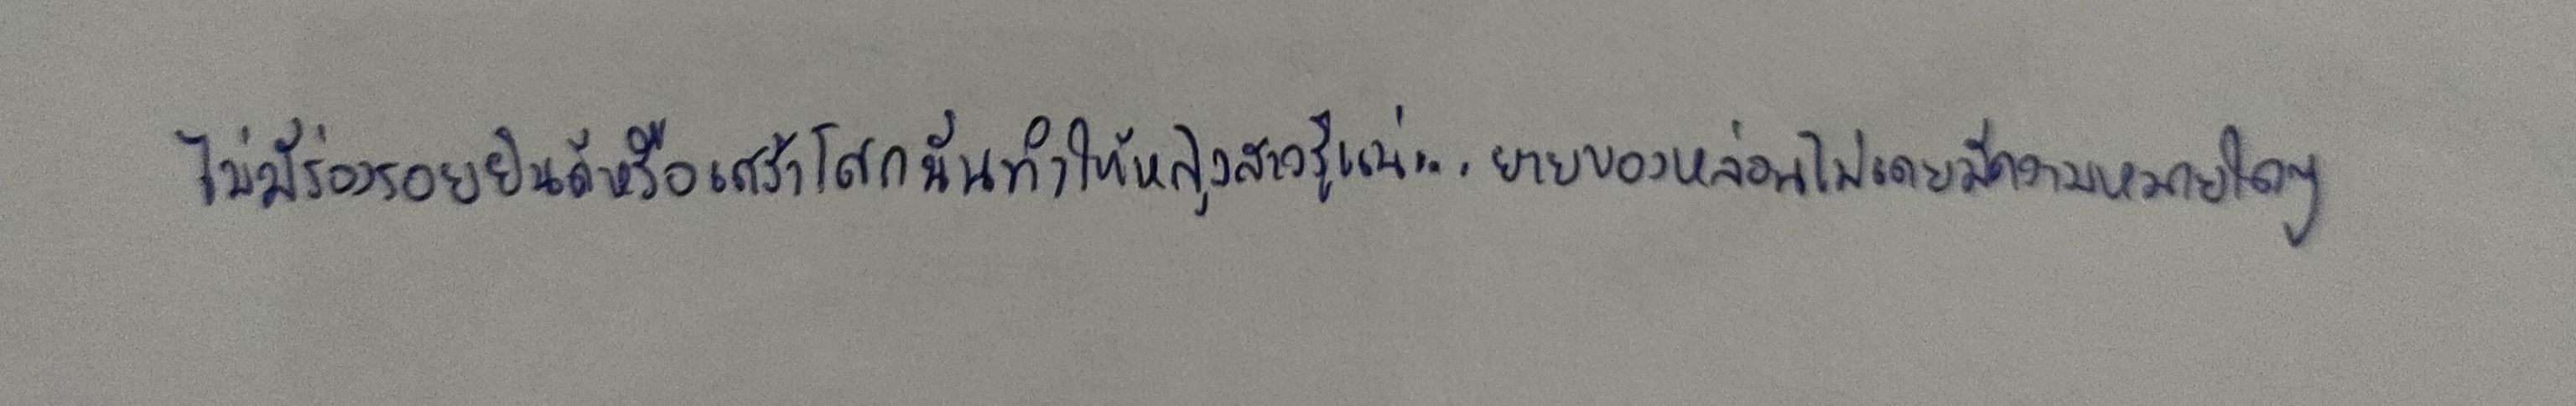
ไม่มีร่องรอยยินดีหรือเศร้าโศกนั่นทำให้หญิงสาวรู้แน่...ยายของหล่อนไม่เคยมีความหมายใดๆ